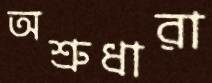
অশ্রুধারা